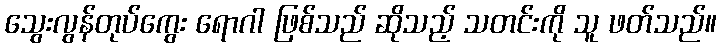
သွေးလွန်တုပ်ကွေး ရောဂါ ဖြစ်သည် ဆိုသည့် သတင်းကို သူ ဖတ်သည်။